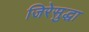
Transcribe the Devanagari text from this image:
जिरेसुद्धा